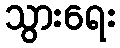
သွားရေး